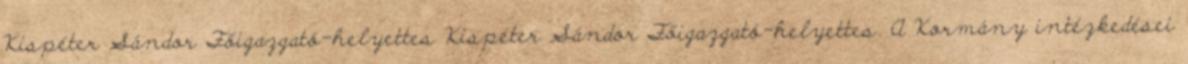
Kispéter Sándor Főigazgató-helyettes Kispéter Sándor Főigazgató-helyettes. A Kormány intézkedései